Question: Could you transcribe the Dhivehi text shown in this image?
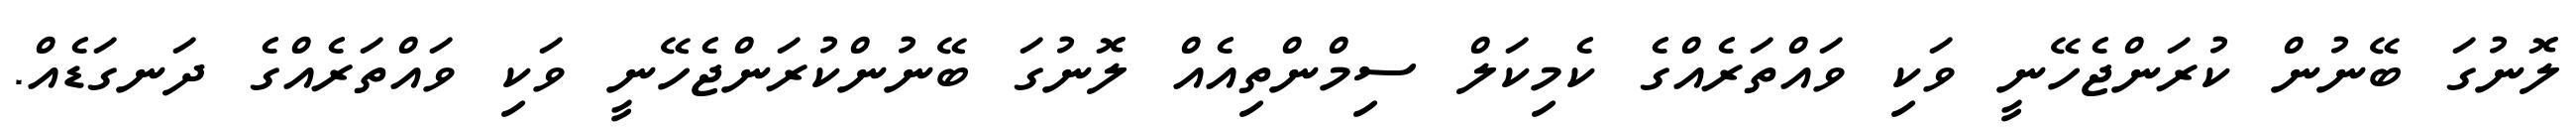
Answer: ލޮނުގަ ބޭނުން ކުރަންޖެހޭނީ ވަކި ވައްތަރެއްގެ ކެމިކަލް ސިމްންތިއެއް ލޮނުގަ ބޭނުންކުރަންޖެހޭނީ ވަކި ވައްތަރެއްގެ ދަނގަޑެއް.